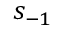
s _ { - 1 }